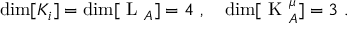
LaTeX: \dim [ K _ { i } ] = \dim [ \mathrm { \boldmath ~ L ~ } _ { A } ] = 4 \ , \quad \dim [ \mathrm { \boldmath ~ K ~ } _ { A } ^ { \mu } ] = 3 \ .